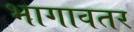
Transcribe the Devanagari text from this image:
भागावतर